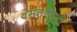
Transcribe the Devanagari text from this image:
वसंतगडाची